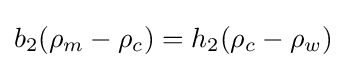
{b_{2}(\rho _{m}-\rho _{c})}={h_{2}(\rho _{c}-\rho _{w})}